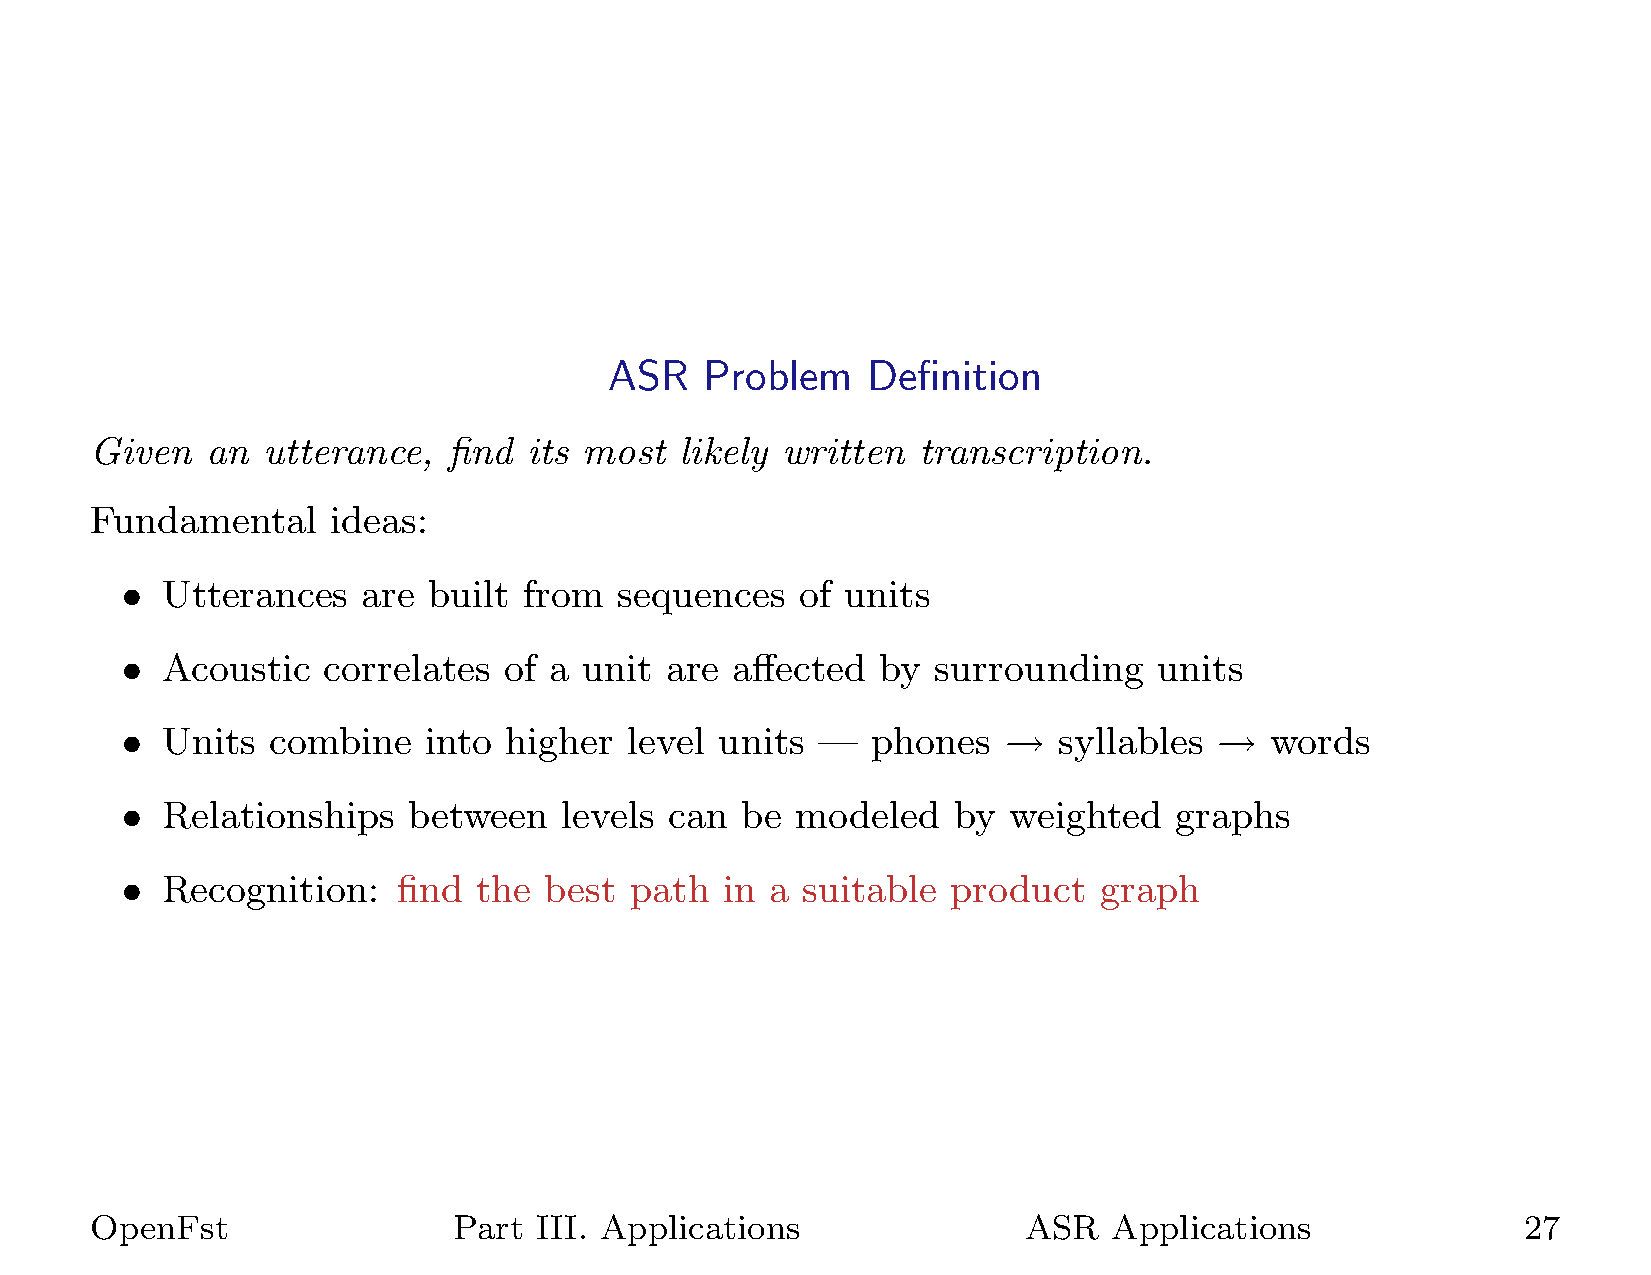
ASR    Problem   Definition
 Given   an utterance,   find its most  likely written  transcription.
 Fundamental     ideas:
 •  Utterances   are built  from  sequences   of units
 •  Acoustic  correlates  of a  unit are  affected by  surrounding    units
 •  Units  combine   into higher   level units —   phones  →   syllables  →  words
 •  Relationships   between   levels can  be  modeled   by  weighted   graphs
 •  Recognition:   find  the best  path  in a suitable  product   graph
 OpenFst                 Part III. Applications                ASR   Applications               27